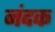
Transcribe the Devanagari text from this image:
नंदक